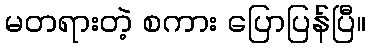
မတရားတဲ့ စကား ပြောပြန်ပြီ။